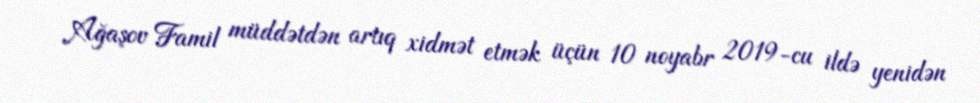
Ağaşov Famil müddətdən artıq xidmət etmək üçün 10 noyabr 2019-cu ildə yenidən